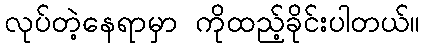
လုပ်တဲ့နေရာမှာ ကိုထည့်ခိုင်းပါတယ်။